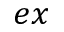
e x